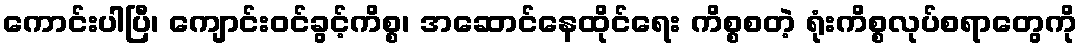
ကောင်းပါပြီ၊ ကျောင်းဝင်ခွင့်ကိစ္စ၊ အဆောင်နေထိုင်ရေး ကိစ္စစတဲ့ ရုံးကိစ္စလုပ်စရာတွေကို